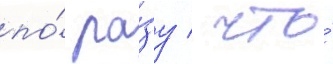
по́ ра́зу / что́